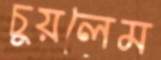
চুয়লেম